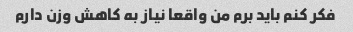
فکر کنم باید برم من واقعا نیاز به کاهش وزن دارم